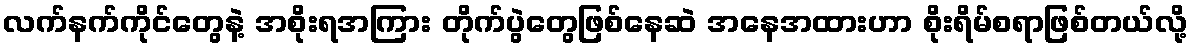
လက်နက်ကိုင်တွေနဲ့ အစိုးရအကြား တိုက်ပွဲတွေဖြစ်နေဆဲ အနေအထားဟာ စိုးရိမ်စရာဖြစ်တယ်လို့